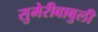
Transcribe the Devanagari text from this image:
सुमेरीबाबुली